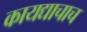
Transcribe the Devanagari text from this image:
कायद्याचाच